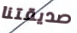
صديقتنا